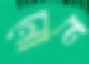
নোন